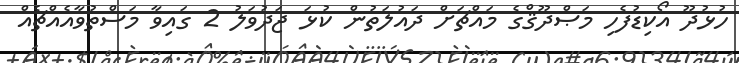
ހުޅުދޫ އޯކިޑުފެހި މަޞްދޫޤްގެ މައްޗަށް ދައުލަތުން ކުޅަ ޖަދުވަލު 2 ގައިވާ މަސްތުވާއެއްޗެއް